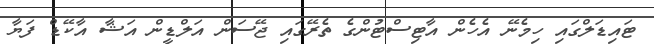
ޓައިޑަލްގައި ހިމެނޭ އެހެން އާޓިސްޓުންގެ ތެރޭގައި ޖޭސަން އަލްޑީން އަޝާ އާކޭޑް ފަޔާ